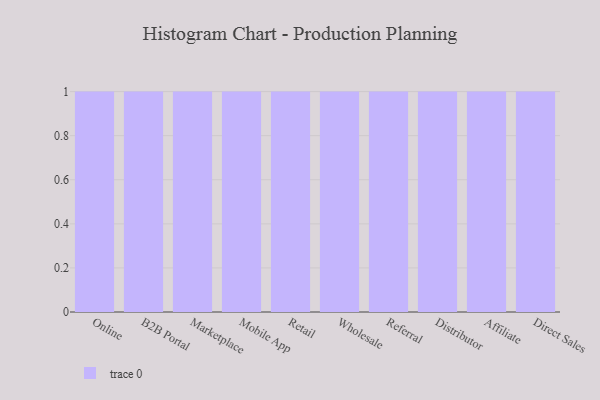
{"axis": {"x": "Channel", "y": "Temperature (°C)"}, "legend": [""], "data": [{"x": "Online", "y": 46, "type": ""}, {"x": "B2B Portal", "y": 11, "type": ""}, {"x": "Marketplace", "y": 78, "type": ""}, {"x": "Mobile App", "y": 84, "type": ""}, {"x": "Retail", "y": 13, "type": ""}, {"x": "Wholesale", "y": 85, "type": ""}, {"x": "Referral", "y": 26, "type": ""}, {"x": "Distributor", "y": 6, "type": ""}, {"x": "Affiliate", "y": 60, "type": ""}, {"x": "Direct Sales", "y": 38, "type": ""}]}